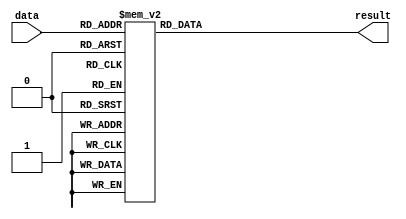
module simple_case(input wire [2:0] data,
                   output reg [3:0] result);

always @(*) begin
    case(data)
        3'b000 : result = 4'b0000;
        3'b001 : result = 4'b0001;
        3'b010 : result = 4'b0010;
        3'b011 : result = 4'b0011;
        3'b100 : result = 4'b0100;
        3'b101 : result = 4'b0101;
        3'b110 : result = 4'b0110;
        3'b111 : result = 4'b0111;
        default: result = 4'b1111;
    endcase
end
endmodule